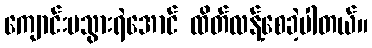
ကျောင်းမသွားရဲအောင် ထိတ်လန့်စေခဲ့ပါတယ်။